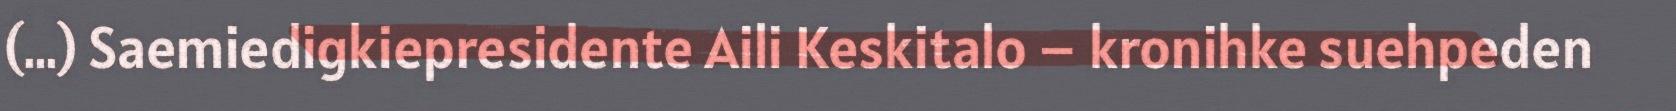
(…) Saemiedigkiepresidente Aili Keskitalo – kronihke suehpeden